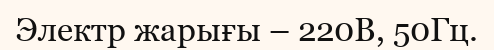
Электр жарығы – 220В, 50Гц.